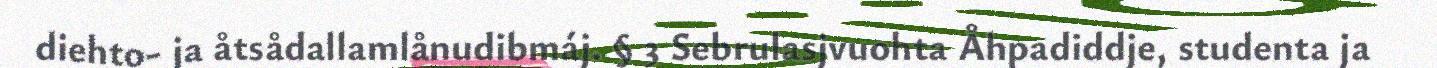
diehto- ja åtsådallamlånudibmáj. § 3 Sebrulasjvuohta Åhpadiddje, studenta ja